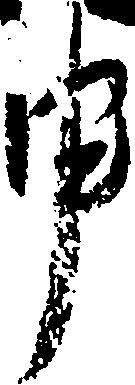
申